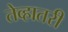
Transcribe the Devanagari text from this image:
तेव्हातरी